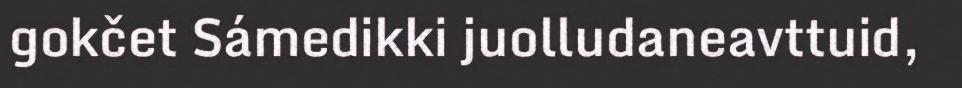
gokčet Sámedikki juolludaneavttuid,